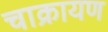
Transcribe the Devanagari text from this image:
चाक्रायण